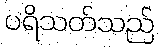
ပရိသတ်သည်